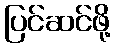
ပြင်ဆင်ဖို့